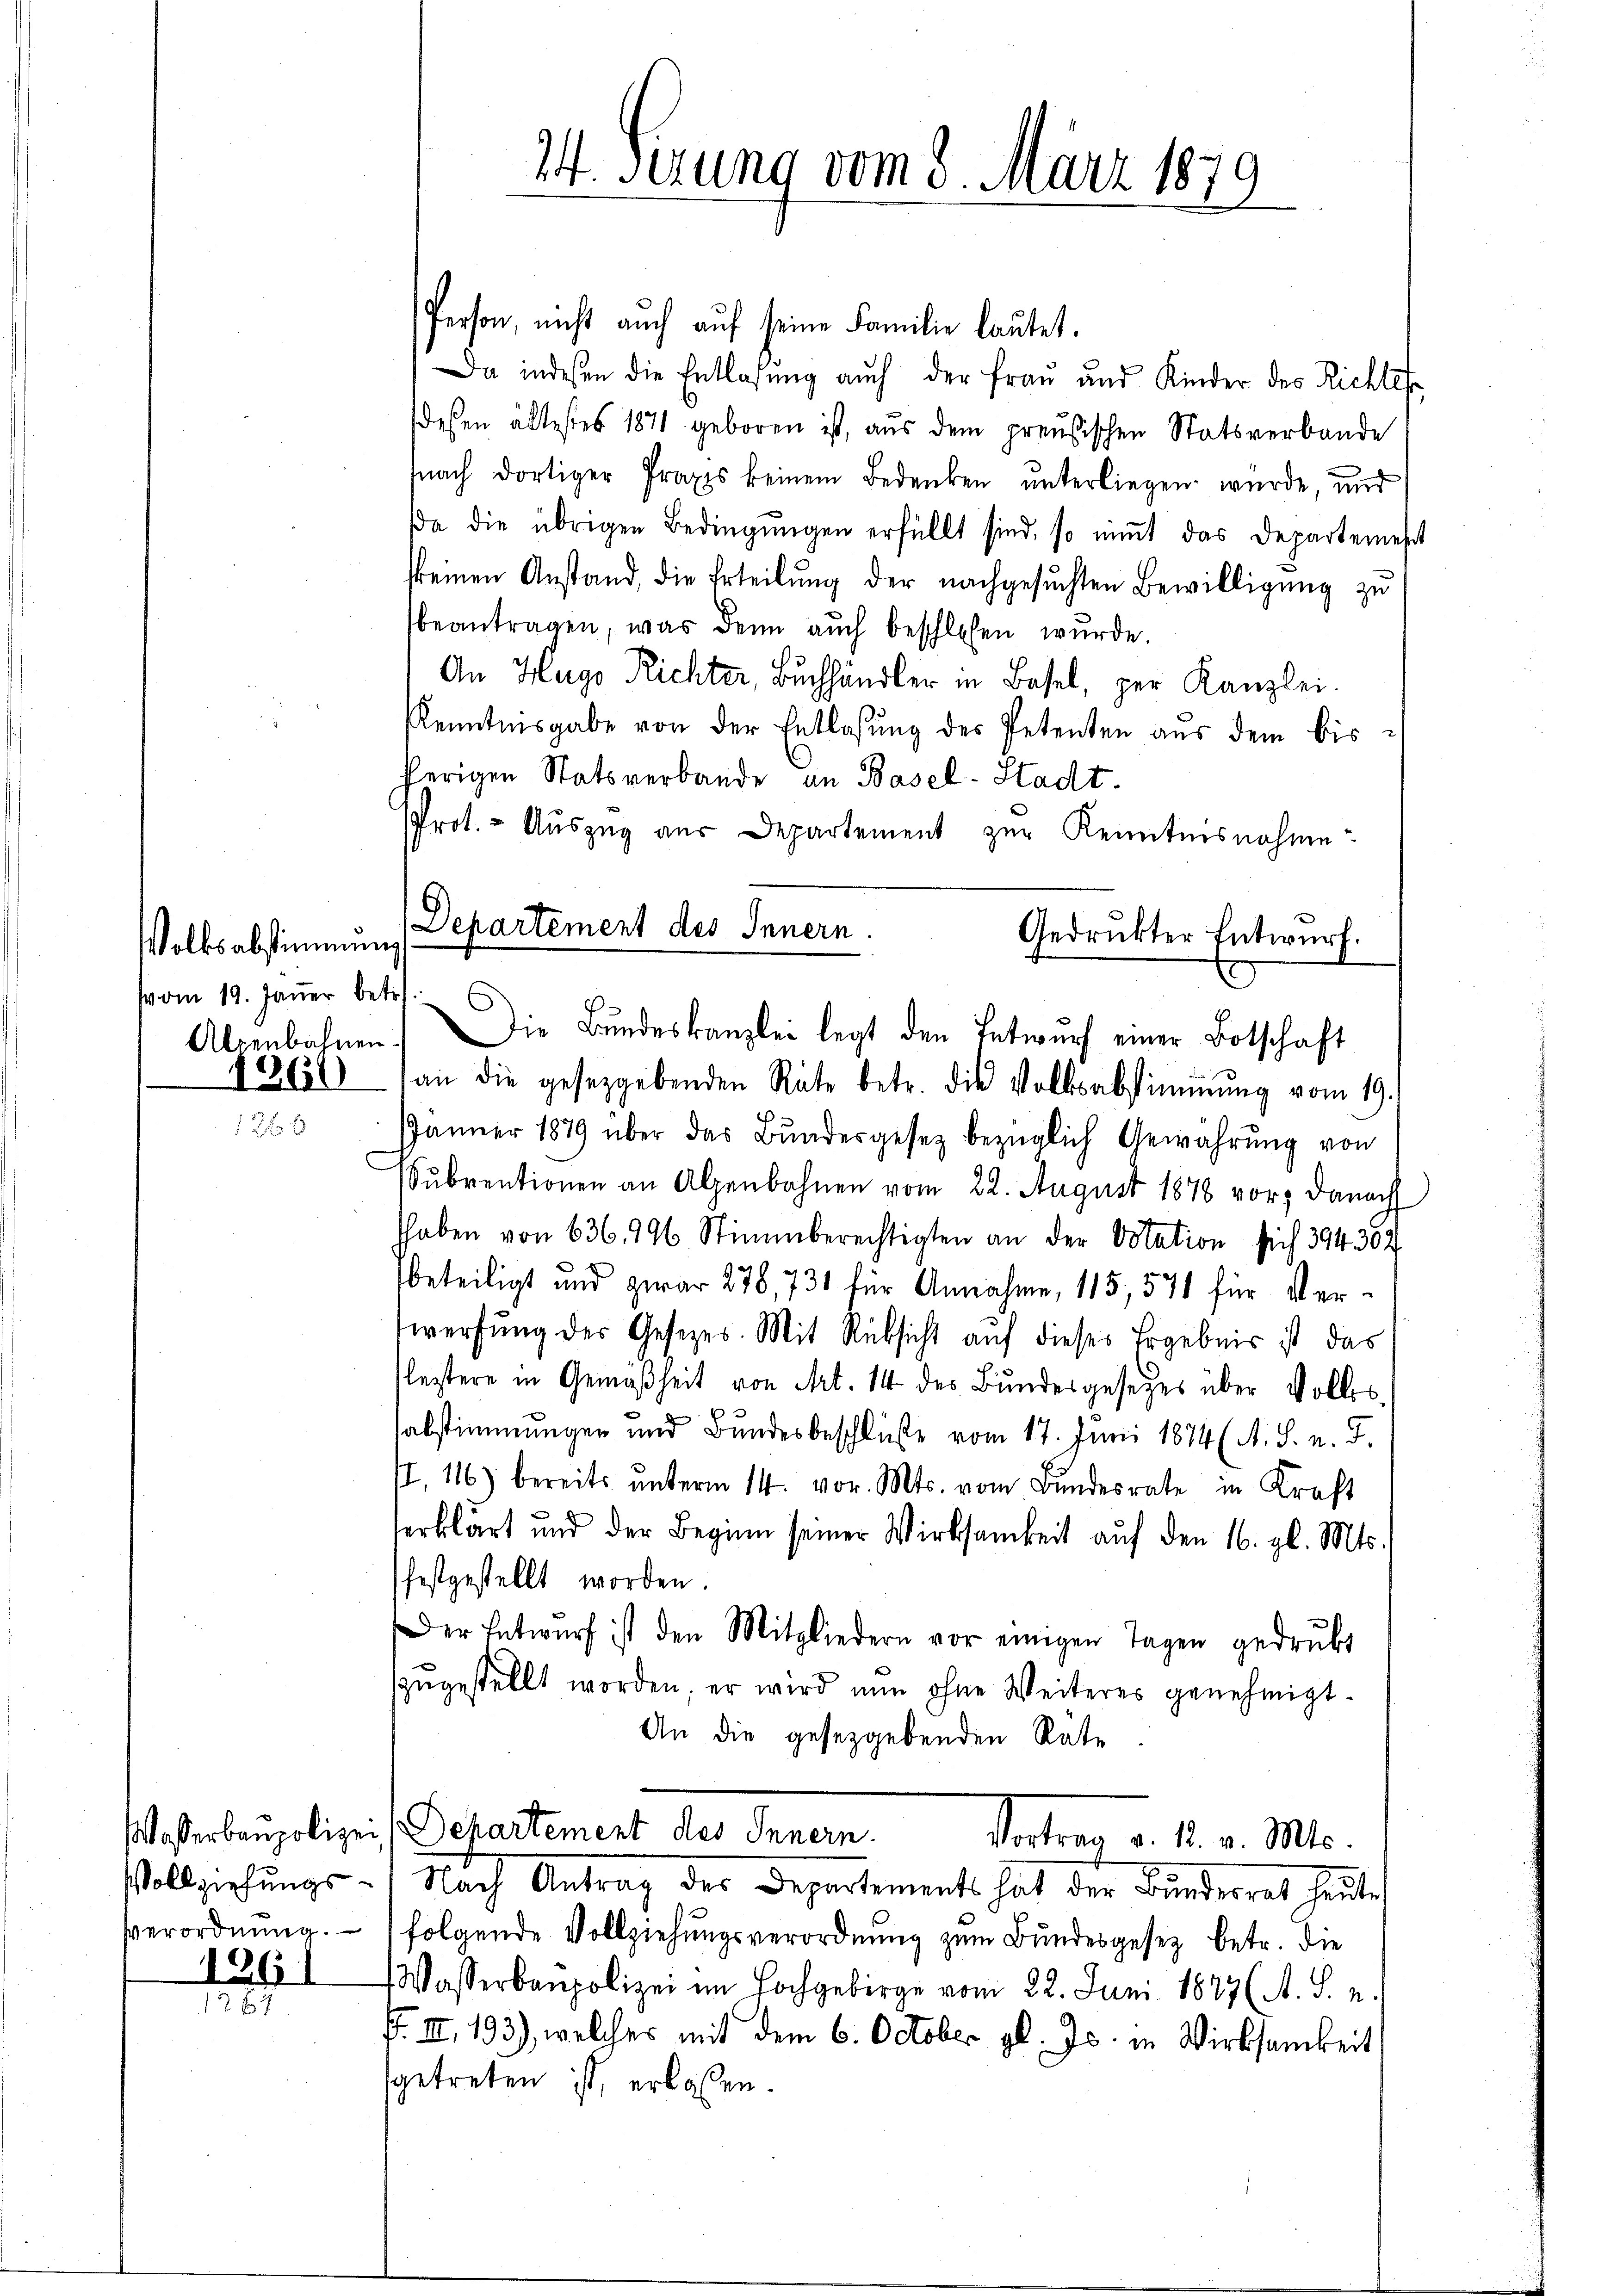
Volksabstimmung
vom 19. Jäṅer betr.

1360

Waßerbaupolize
Vollziehungs¬
Verordnung.

1261

24. Serung vom 8. März 1879

Person, nicht auch auf seine Familie lautet.
Da indeßen die Entlafŭng aŭch der Fraŭ und Kinder des Richter
desen ältestes 1871 geboren ist, aus dem preußischen Statsverbande
(nach dortiger Praxis keinem Bedenken ŭnterliegen würde, und
a die übrigen Bedingŭngen erfüllt sind, so niṁt das Departemest
kkeinen Anstand, die Erteilung der nachgesuchten Bewilligung zu
beantragen, was denn auch beschlosen wurde.
An Hugo Richter, Buchhändler in Basel, per Kanzlei.
Kenntnisgabe von der Entlassŭng des Petenten aus dem bisherigen Statsverbande an Basel-Stadt.
Prot. - Auszug aus Departement zur Kenntnisnahme
an die gesetzgebenden Räte betr. die Volksabstimmung vom 19.
JJänner 1879 über das Bŭndesgesetz bezüglich Gewährŭng von
Subventionen an Alpenbahnen vom 22. August 1876 vor, danach
haben von 636. 296 Stimmberechtigten an der Dotation sich 394. 302
beteiligt und zwar 278, 731 für Annahme, 115, 57 für Verwerfung der Gesetzes. Mit Rücksicht auf dieses Ergebnis ist das
leztere in Gemäßheit von Art. 14 des Bundesgesetzes über Vollsabstimmungen und Bundesbeschluße vom 17. Juni 1874 (A. S. n. F.
II, 116) bereits ŭnterm 14. vor. Mts. vom Bundesrate in Kraft
erklärt und der Beginn seiner Wirksamkeit auf den 16. gl. Mts.
festgestellt worden.
Der Entwŭrf ist den Mitgliedern vor einigen Tagen gedrukt
zŭgestellt worden; er wird nun ohne Weiteres genehmigt.
An die gesetzgebenden Räte
Departement des Innern.
Vortrag d. M. v. Mts.
Nach Antrag des Departements hat der Bŭndesrat heute
folgende Vollziehungsverordnung zum Bundesgesez betr. die
Wasserbaupolizei im Hochgebirge vom 22. Juni 1877 (A. S. z.
F. III 193), welches mit dem 6. October gl. Js. in Wirksamkeit
sgetreten ist, erlassen.

Departement des Innern
Gedruckter Entwurf.
Alpenbahnen. Die Bŭndeskanzlei legt den Entwŭrf einer Botschaft